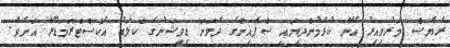
ރެޔެސް މަރުވިއިރު އޭނާ ކުޅެމުންދިޔައީ ސްޕެއިންގެ ދެވަނަ ޑިވިޝަނުގެ ކްލަބު އެކްސްޓްރަމަޑޫރާ އަށެވެ.